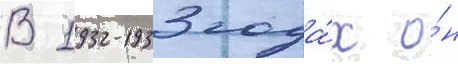
В 1932-1933 года́х о́н